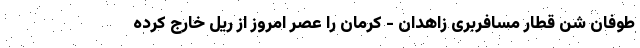
طوفان شن قطار مسافربری زاهدان - کرمان را عصر امروز از ریل خارج کرده